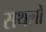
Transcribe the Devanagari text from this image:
सथलों